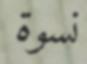
نسوة